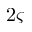
2 \varsigma